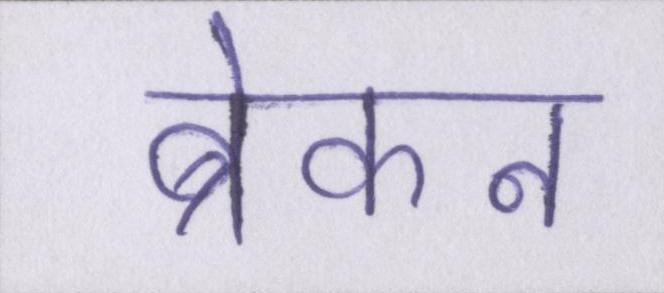
ब्रेकन